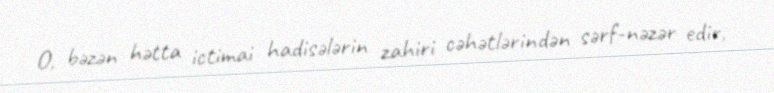
O, bəzən hətta ictimai hadisələrin zahiri cəhətlərindən sərf-nəzər edir,